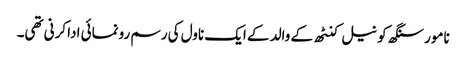
نامور سنگھ کو نیل کنٹھ کے والد کے ایک ناول کی رسم رونمائی ادا کرنی تھی۔